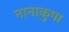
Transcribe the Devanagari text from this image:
नानाकुमा